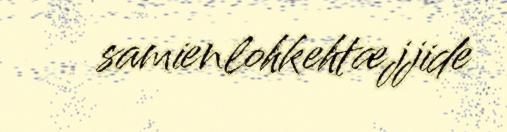
samienlohkehtæjjide